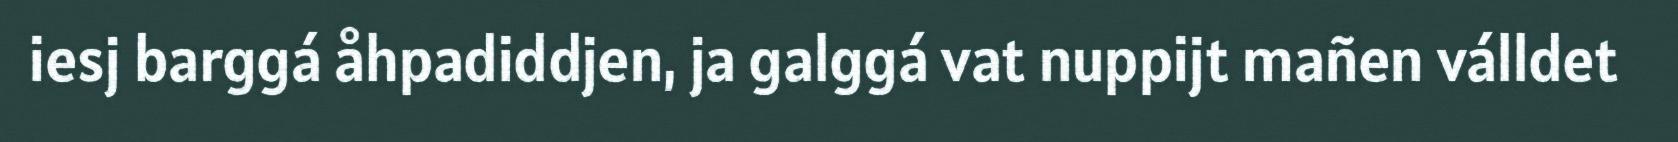
iesj barggá åhpadiddjen, ja galggá vat nuppijt mañen válldet